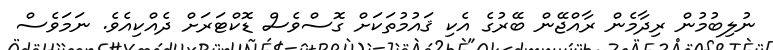
ނުލިބުމުން ރިދާމެން ރާއްޖޭން ބޭރުގެ އެކި ޤައުމުތަކަށް ގޮސްވެސް ޑޮކްޓަރަށް ދެއްކިއެވެ. ނަމަވެސް